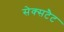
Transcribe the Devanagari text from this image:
सेक्सटैट